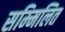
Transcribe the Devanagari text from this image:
सम्‍मिलित